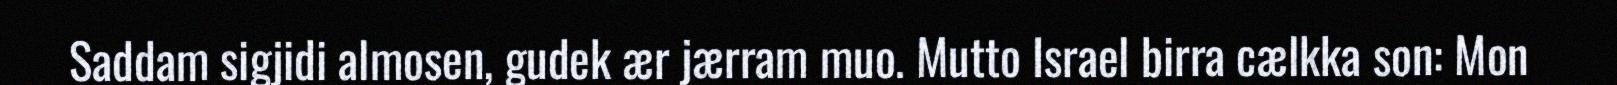
Saddam sigjidi almosen, gudek ær jærram muo. Mutto Israel birra cælkka son: Mon